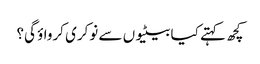
کچھ کہتے کیا بیٹیوں سے نوکری کرواؤ گی؟